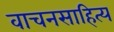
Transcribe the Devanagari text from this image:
वाचनसाहित्य